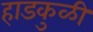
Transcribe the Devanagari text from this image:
हाडकुळी